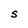
Character: S